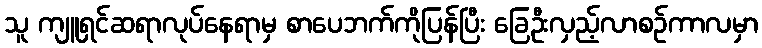
သူ ကျူရှင်ဆရာလုပ်နေရာမှ စာပေဘက်ကိုပြန်ပြီး ခြေဦးလှည့်လာစဉ်ကာလမှာ